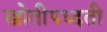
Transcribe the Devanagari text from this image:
खोतीपध्दती